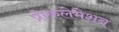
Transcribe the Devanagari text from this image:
प्रोकलेमेशन